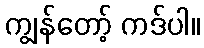
ကျွန်တော့် ကဒ်ပါ။